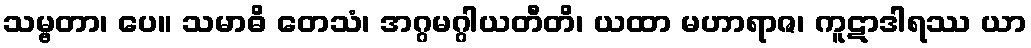
သမ္ဗတာ၊ ပေ။ သမာဓိ တေသံ၊ အဂ္ဂမဂ္ဂါယတီတိ၊ ယထာ မဟာရာဇ၊ ကူဋာဒါရဿ ယာ